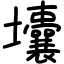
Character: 㚂